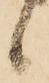
候